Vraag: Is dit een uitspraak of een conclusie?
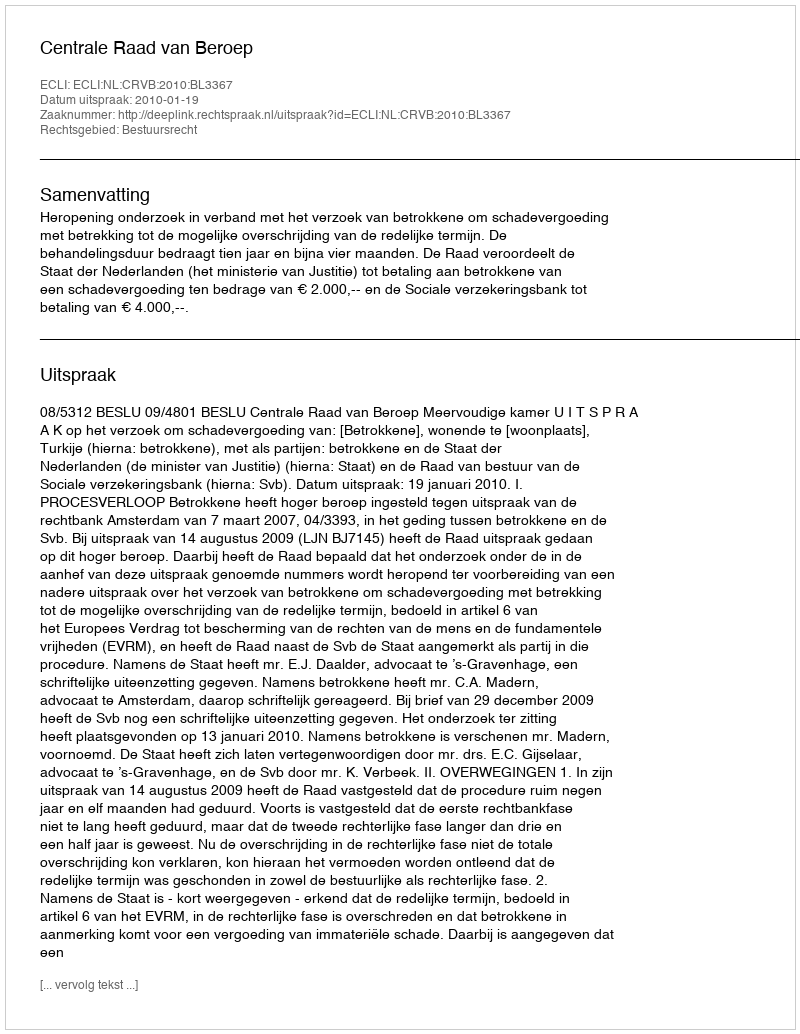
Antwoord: Uitspraak